system: You are a helpful assistant.
user:
Analyze the provided spectrum to determine if it is a **M-type Giant (gM)**.

A M-type Giant spectrum is defined by its **strong molecular absorption** features, particularly from **Titanium Oxide (TiO)**. You must check for one of the following mutually exclusive signatures:

- **Key Visual Indicators (Absorption-Dominated Spectrum):**

    - **(Primary):** The spectrum is dominated by strong molecular absorption from **Titanium Oxide (TiO)**. This is the **defining feature** of its M-type temperature class.
        - **(Key Bandheads):** Look for sharp, "saw-tooth" absorption valleys. The strongest are located near **~7050 Å**, **~6160 Å**, and **~5170 Å**.
        - **(Line Profile):** The "saw-tooth" morphology is critical: a **sharp, steep drop on the BLUE (short-wavelength) side** of the bandhead, followed by a gradual recovery (rising flux) towards the RED (long-wavelength) side.

    - **(Key Confirmation - Giant vs. Dwarf):** **ABSENCE** of strong **Calcium Hydride (CaH)** molecular bands. This is the primary diagnostic for *excluding* M-dwarfs.
        - **(Key Region):** The spectrum should lack the strong, broad absorption band seen in dwarfs between **~6800 Å and ~7000 Å**.

    - **(Secondary Confirmation - Giant):** A very strong and broad **Neutral Calcium (Ca I)** atomic absorption line.
        - **(Key Line):** Located at **~4226 Å**. In a giant (gM), this line is significantly deeper and broader than the same line in an M-dwarf (dM) due to low surface gravity.

    - **(Overall Spectrum):**
        - The continuum is **extremely red-sloping** (i.e., flux is very low in the blue and rises dramatically towards the red).
        - The entire spectrum appears "chopped up" by the deep TiO bands.

Think first, call **spectral_visualization_tool** if needed to examine features in detail, then provide your final answer. Your response must adhere to the following strict rules:
1.  **Overall Structure:** Your response must follow the format `<think>...</think> <tool_call>...</tool_call> (if a tool is used) <answer>...</answer>`.
2.  **Tool Usage Constraint:** You may only make **one** tool call per turn.
3.  **Final Answer Format:** In the `<answer>` tag, your conclusion must be inside a `\boxed{}` command (e.g., `\boxed{YES}` or `\boxed{NO}`), followed by your justification.

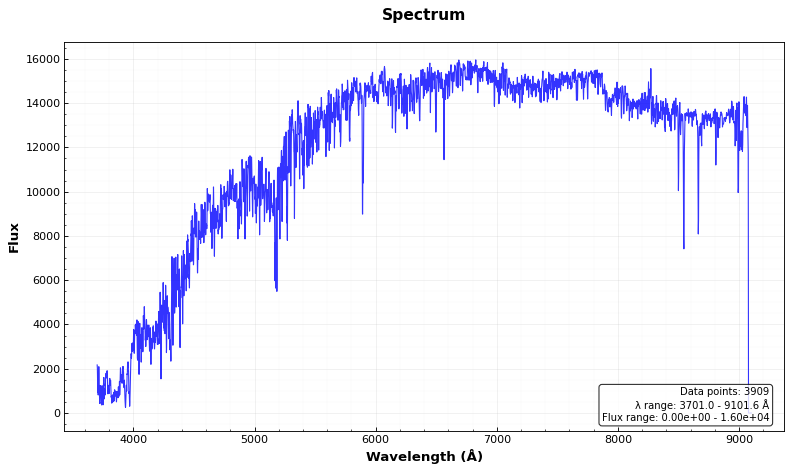
Answer: NO